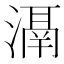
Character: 𣽐